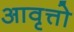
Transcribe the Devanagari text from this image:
आवृत्तो